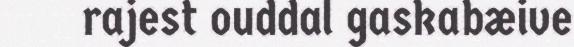
rajest ouddal gaskabæive